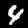
Label: 4